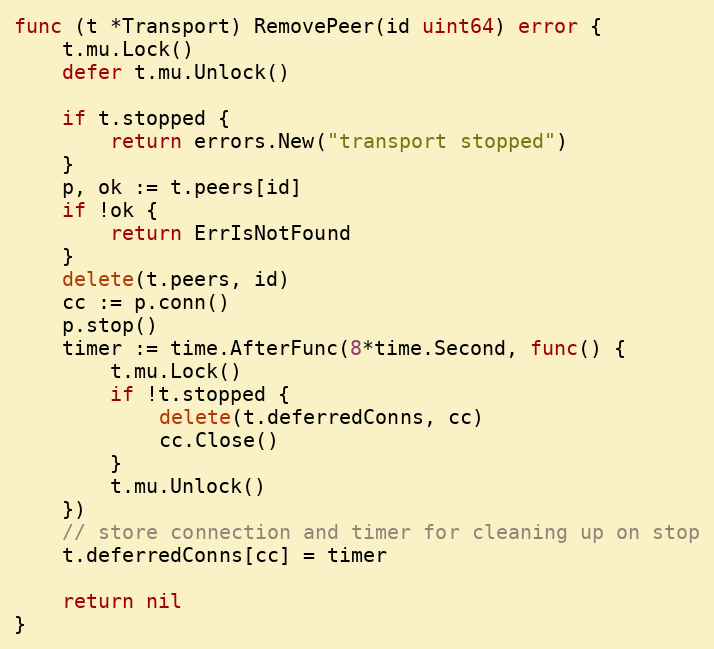
Language: Go
func (t *Transport) RemovePeer(id uint64) error {
	t.mu.Lock()
	defer t.mu.Unlock()

	if t.stopped {
		return errors.New("transport stopped")
	}
	p, ok := t.peers[id]
	if !ok {
		return ErrIsNotFound
	}
	delete(t.peers, id)
	cc := p.conn()
	p.stop()
	timer := time.AfterFunc(8*time.Second, func() {
		t.mu.Lock()
		if !t.stopped {
			delete(t.deferredConns, cc)
			cc.Close()
		}
		t.mu.Unlock()
	})
	// store connection and timer for cleaning up on stop
	t.deferredConns[cc] = timer

	return nil
}